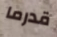
قدرما